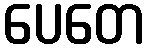
ပေတေ